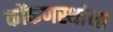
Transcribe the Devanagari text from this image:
कोंकणस्थांना